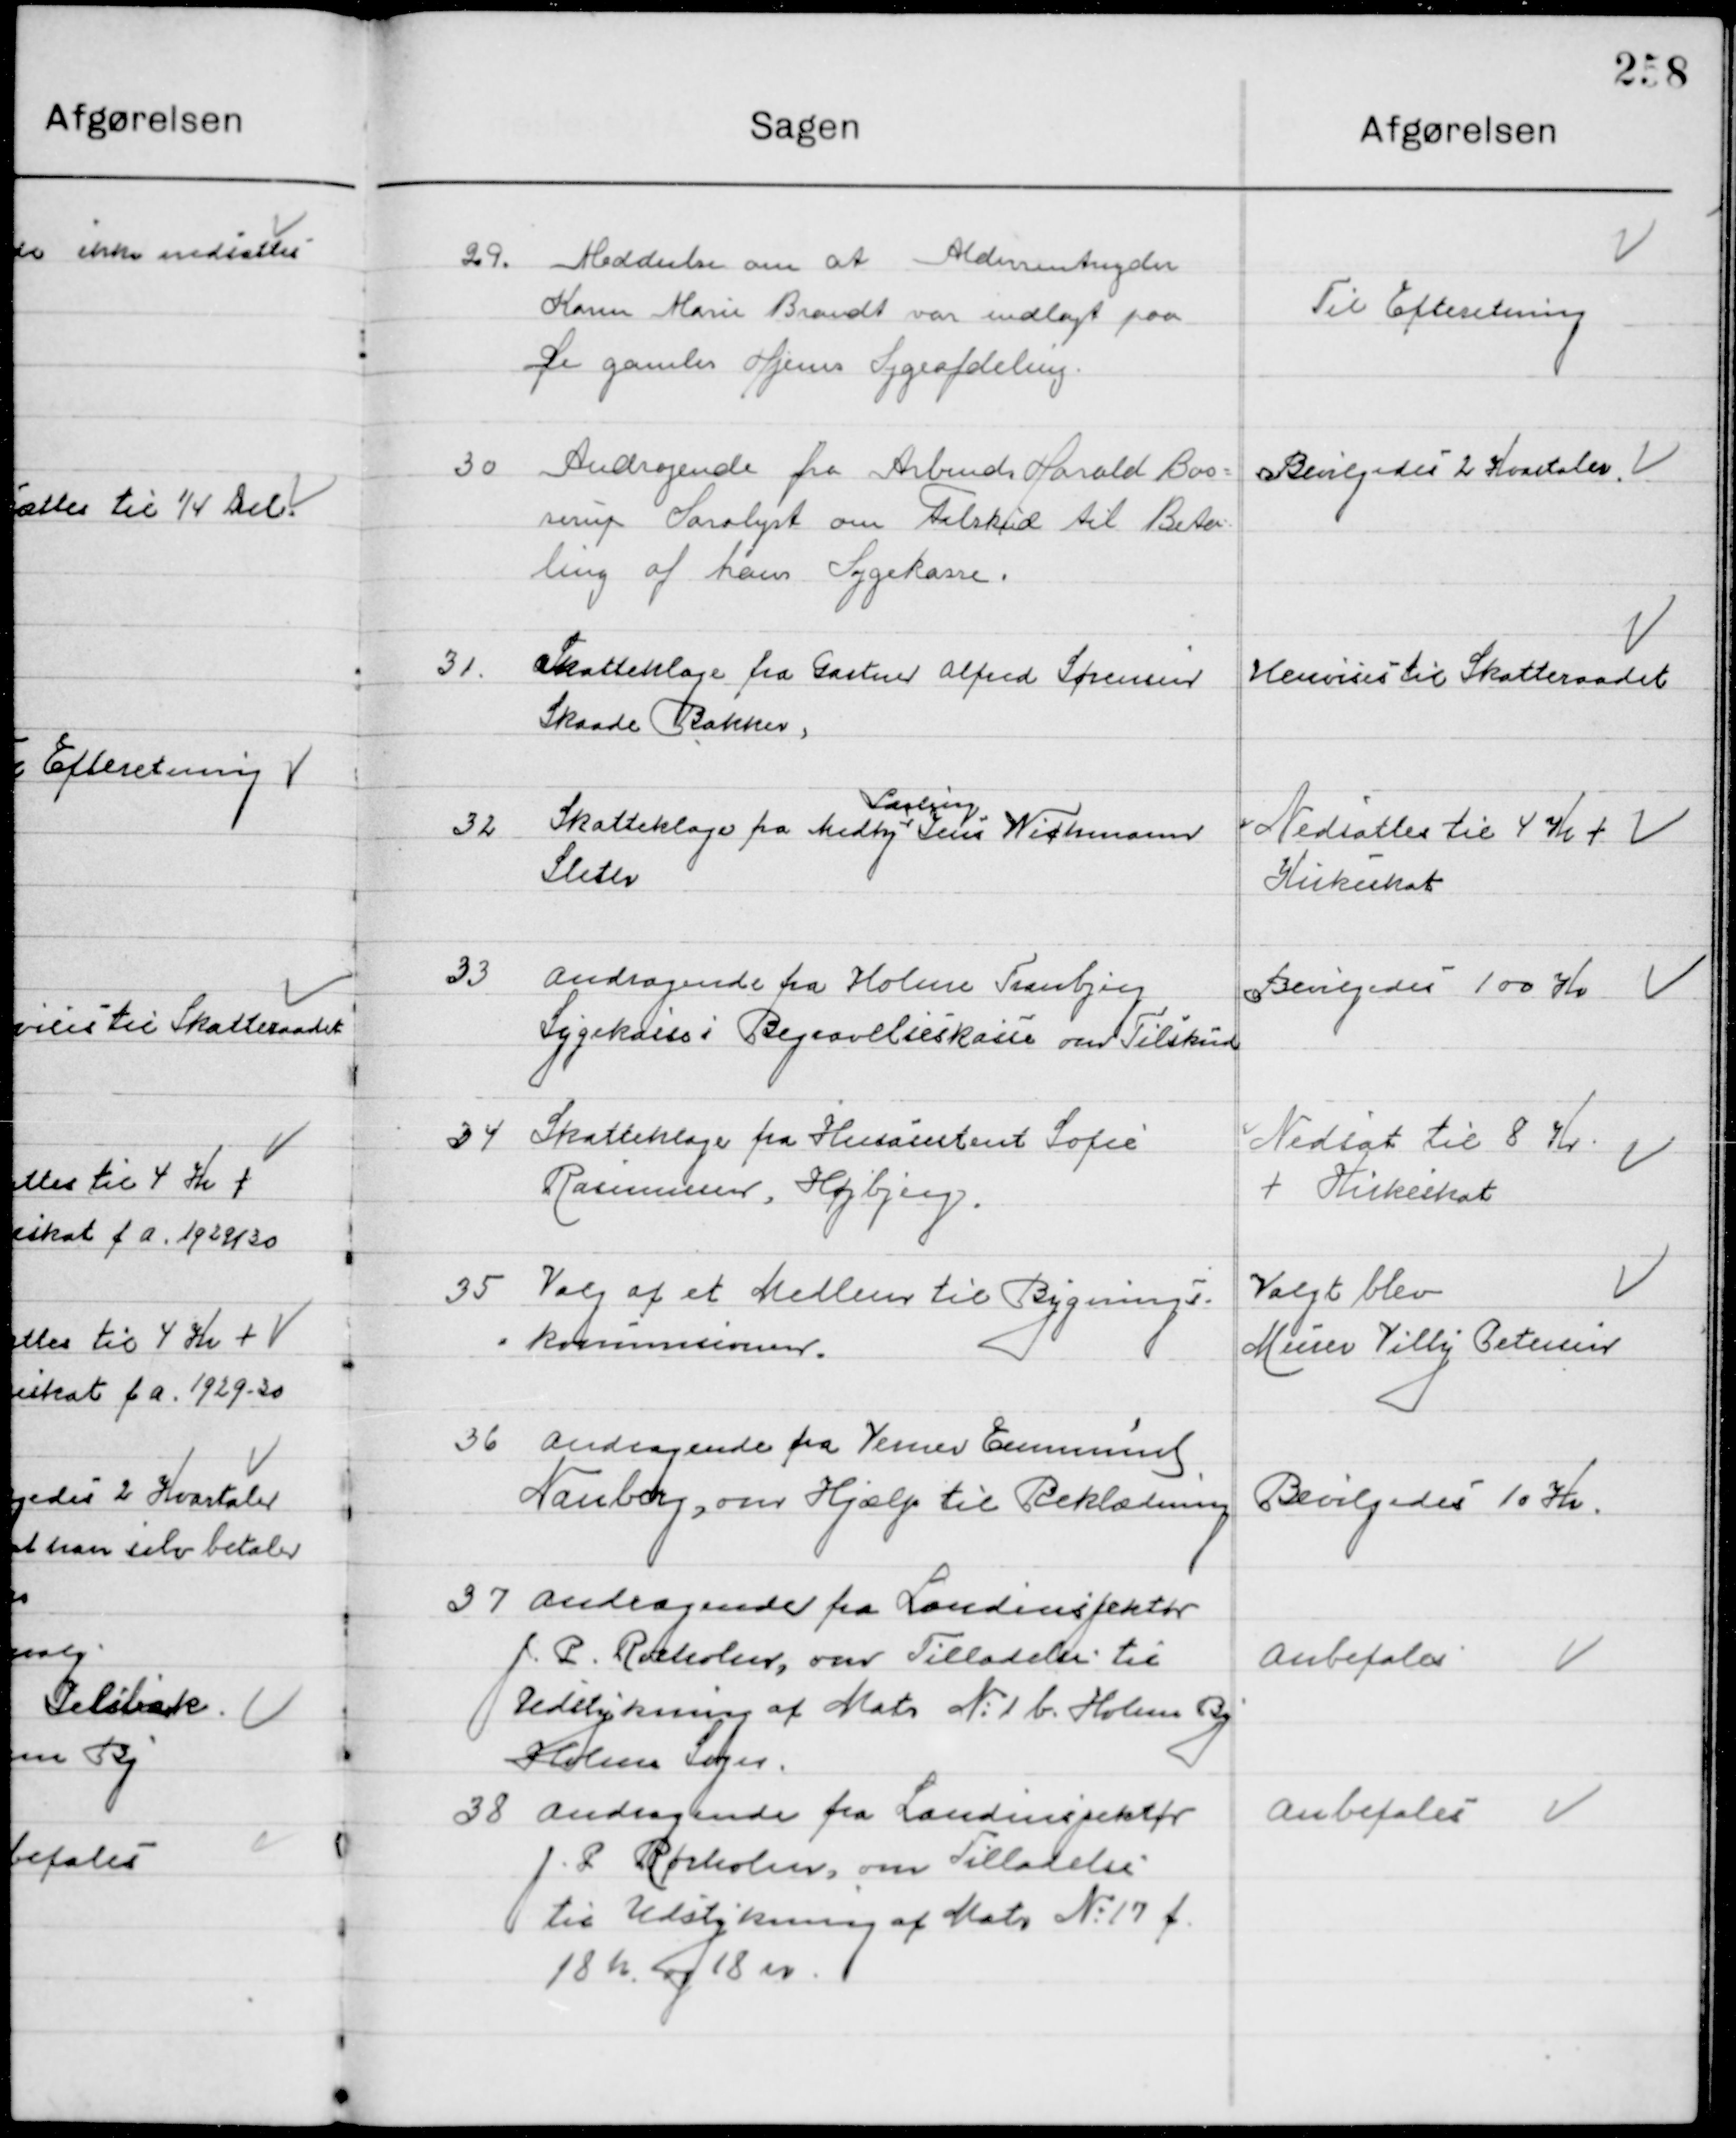
Transskription:
29

Meddelelse om at Aldersrenteyder  
Karen Marie Brandt var indlagt paa
De gamles Hjem Sygeafdeling

Til Efterretning

30

Andragende fra Arbmd. Harald Bos-
serup Saralyst om Tilskud til Beta-
ling af hans Sygekasse.

Bevilgedes 2 Kvartaler

31

Skatteklage fra Gartner Alfred Sørensen
Skaade Bakker.

Henvises til Skatteraadet

32

Skatteklage fra Medhj.  
Lærling
Jens Wichmann
Sletter

Nedsættes til 4 Kr. +
Kirkeskat

33

Andragende fra Holme Tranbjerg
Sygekasse i  Begravelseskasse om Tilskud

Bevilgedes 100 Kr.

34

Skatteklage fra Husassistent Sofie
Rasmussen, Højbjerg

Nedsat til 8 Kr. 
+ Kirkeskat

35

Valg aet Medlem til Bygnings-
 kommissionen

Valgt blev  
Meiner Villy Petersen

36

Andragende fra Verner Emanuelsen 
Nareborg, om Hjælp til beklædning

Bevilgedes 10 Kr.

37

Andragende fra Landinspektør
J. P. Rørholm, om Tilladelse til
Udbygning af Matr. Nr. 1 b Holme By
Holme Sogn.

Anbefales

38

Andragende fra Landinspektør
J. P. Rørholm, om Tilladelse 
til Udbygning af Matr. Nr. 17 f
18 h og 18 n

Anbefales